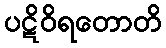
ပဋိဝိရတောတိ